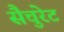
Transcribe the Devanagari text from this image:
सैचुरेट